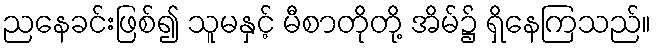
ညနေခင်းဖြစ်၍ သူမနှင့် မီစာတိုတို့ အိမ်၌ ရှိနေကြသည်။